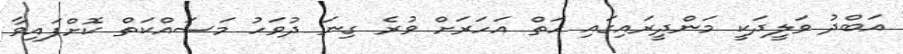
އަބްދު ވަލީދަކީ މަންދީރައިގައި ހަތް އަހަރަަށް ވުރެ ގިނަ ދުވަހު މަސައްކަތް ކޮށްފައިވާ